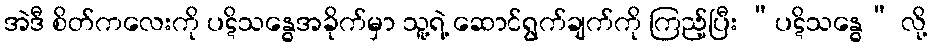
အဲဒီ စိတ်ကလေးကို ပဋိသန္ဓေအခိုက်မှာ သူ့ရဲ့ ဆောင်ရွက်ချက်ကို ကြည့်ပြီး “ပဋိသန္ဓေ” လို့